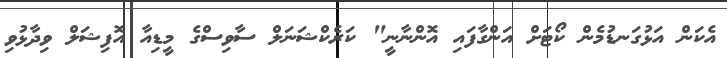
އެކަން އަޅުގަނޑުމެން ކޯޓަށް އަންގާފައި އޮންނާނީ" ކަރެކްޝަނަލް ސާވިސްގެ މީޑިއާ އޮފިޝަލް ވިދާޅުވި